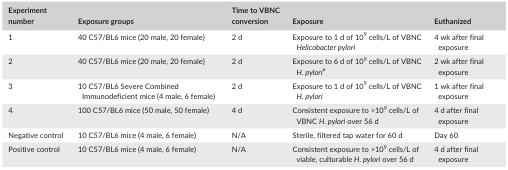
<table><thead><tr><td><b>Experiment number</b></td><td><b>Exposure groups</b></td><td><b>Time to VBNC conversion</b></td><td><b>Exposure</b></td><td><b>Euthanized</b></td></tr></thead><tbody><tr><td>1</td><td>40 C57/BL6 mice (20 male, 20 female)</td><td>2 d</td><td>Exposure to 1 d of 10<sup>9</sup> cells/L of VBNC <i>Helicobacter pylori</i></td><td>4 wk after final exposure</td></tr><tr><td>2</td><td>40 C57/BL6 mice (20 male, 20 female)</td><td>2 d</td><td>Exposure to 6 d of 10<sup>9</sup> cells/L of VBNC <i>H. pylori</i>a</td><td>2 wk after final exposure</td></tr><tr><td>3</td><td>10 C57/BL6 Severe Combined Immunodeficient mice (4 male, 6 female)</td><td>2 d</td><td>Exposure to 1 d of 10<sup>9</sup> cells/L of VBNC <i>H. pylori</i></td><td>1 wk after final exposure</td></tr><tr><td>4</td><td>100 C57/BL6 mice (50 male, 50 female)</td><td>4 d</td><td>Consistent exposure to &gt;10<sup>9</sup> cells/L of VBNC <i>H. pylori</i> over 56 d</td><td>4 d after final exposure</td></tr><tr><td>Negative control</td><td>10 C57/BL6 mice (4 male, 6 female)</td><td>N/A</td><td>Sterile, filtered tap water for 60 d</td><td>Day 60</td></tr><tr><td>Positive control</td><td>10 C57/BL6 mice (4 male, 6 female)</td><td>N/A</td><td>Consistent exposure to &gt;10<sup>9</sup> cells/L of viable, culturable <i>H. pylori</i> over 56 d</td><td>4 d after final exposure</td></tr></tbody></table>